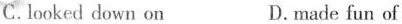
C.looked down on D.made fun of